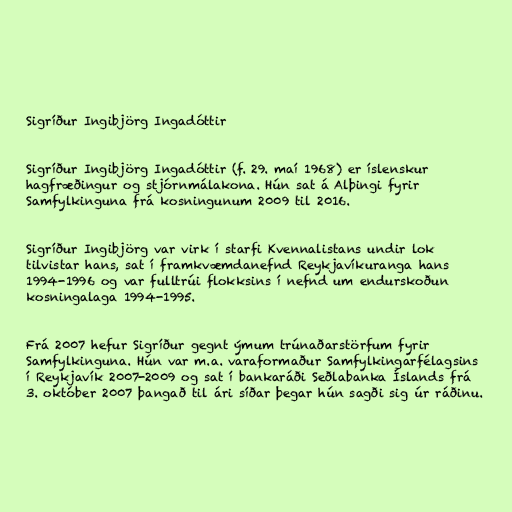
Sigríður Ingibjörg Ingadóttir

Sigríður Ingibjörg Ingadóttir (f. 29. maí 1968) er íslenskur
hagfræðingur og stjórnmálakona. Hún sat á Alþingi fyrir
Samfylkinguna frá kosningunum 2009 til 2016.

Sigríður Ingibjörg var virk í starfi Kvennalistans undir lok
tilvistar hans, sat í framkvæmdanefnd Reykjavíkuranga hans
1994-1996 og var fulltrúi flokksins í nefnd um endurskoðun
kosningalaga 1994-1995.

Frá 2007 hefur Sigríður gegnt ýmum trúnaðarstörfum fyrir
Samfylkinguna. Hún var m.a. varaformaður Samfylkingarfélagsins
í Reykjavík 2007-2009 og sat í bankaráði Seðlabanka Íslands frá
3. október 2007 þangað til ári síðar þegar hún sagði sig úr ráðinu.